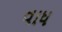
વાધ